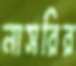
নাসরির